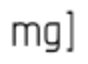
mg]